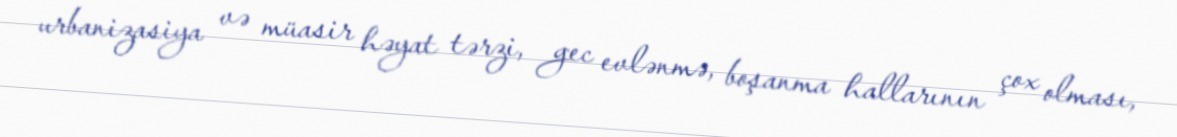
urbanizasiya və müasir həyat tərzi, gec evlənmə, boşanma hallarının çox olması,